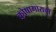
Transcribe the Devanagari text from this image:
कोषागाराची